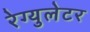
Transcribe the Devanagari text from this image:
रेग्युलेटर